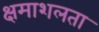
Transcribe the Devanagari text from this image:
क्षमाशलता